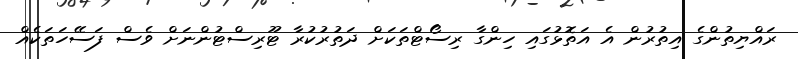
ރައްޔިތުންގެ އިތުރުން އެ އަތޮޅުގައި ހިންގާ ރިސޯޓްތަކަށް ދަތުރުކުރާ ޓޫރިސްޓުންނަށް ވެސް ފަސޭހަތަކެއް